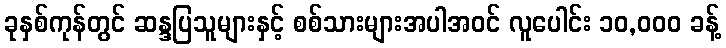
ခုနှစ်ကုန်တွင် ဆန္ဒပြသူများနှင့် စစ်သားများအပါအဝင် လူပေါင်း ၁၀,၀၀၀ ခန့်